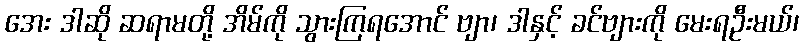
အေး ဒါဆို ဆရာမတို့ အိမ်ကို သွားကြရအောင် ဗျာ၊ ဒါနှင့် ခင်ဗျားကို မေးရဦးမယ်၊